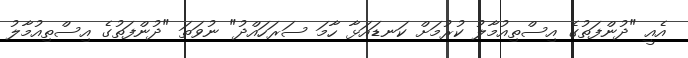
އެއީ "ދުންފަތުގެ އިސްތިއުމާލު ކުރުމަށް ކަނޑައަޅާ ހާމަ ސަރަހައްދު" ނުވަތަ "ދުންފަތުގެ އިސްތިއުމާލު